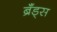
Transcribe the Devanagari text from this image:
ब्रॅंड्स